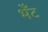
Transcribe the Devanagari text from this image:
भेँट